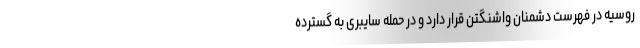
روسیه در فهرست دشمنان واشنگتن قرار دارد و در حمله سایبری به گسترده